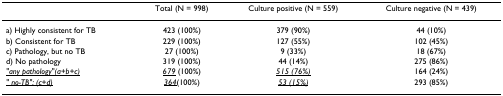
<table><thead><tr><td>[EMPTY_CELL]</td><td><b>Total (N = 998)</b></td><td><b>Culture positive (N = 559)</b></td><td><b>Culture negative (N = 439)</b></td></tr></thead><tbody><tr><td>a) Highly consistent for TB</td><td>423 (100%)</td><td>379 (90%)</td><td>44 (10%)</td></tr><tr><td>b) Consistent for TB</td><td>229 (100%)</td><td>127 (55%)</td><td>102 (45%)</td></tr><tr><td>c) Pathology, but no TB</td><td>27 (100%)</td><td>9 (33%)</td><td>18 (67%)</td></tr><tr><td>d) No pathology</td><td>319 (100%)</td><td>44 (14%)</td><td>275 (86%)</td></tr><tr><td><underline><i>"any pathology"(a+b+c)</i></underline></td><td><underline><i>679</i></underline> (100%)</td><td><underline><i>515 (76%)</i></underline></td><td>164 (24%)</td></tr><tr><td><underline><i>" no-TB": (c+d)</i></underline></td><td><underline><i>364</i></underline>(100%)</td><td><underline><i>53 (15%)</i></underline></td><td>293 (85%)</td></tr></tbody></table>